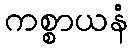
ကစ္စာယနံ